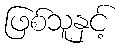
ဖြစ်သူနှင့်